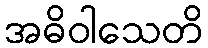
အဓိဝါသေတိ